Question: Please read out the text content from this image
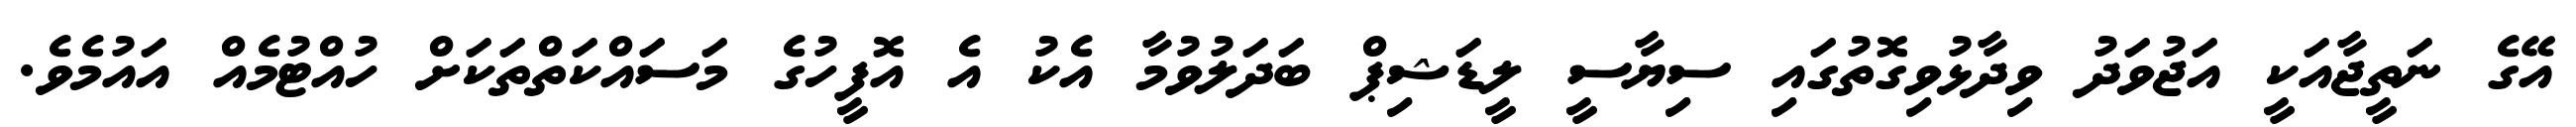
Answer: އޭގެ ނަތީޖާއަކީ އަޖުވަދު ވިދާޅުވިގޮތުގައި ސިޔާސީ ލީޑަޝިޕް ބަދަލުވުމާ އެކު އެ އޮފީހުގެ މަސައްކަތްތަކަށް ހުއްޓުމެއް އައުމެވެ.